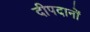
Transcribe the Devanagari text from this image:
दीपदानों